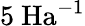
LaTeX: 5\ \textrm{Ha}^{-1}